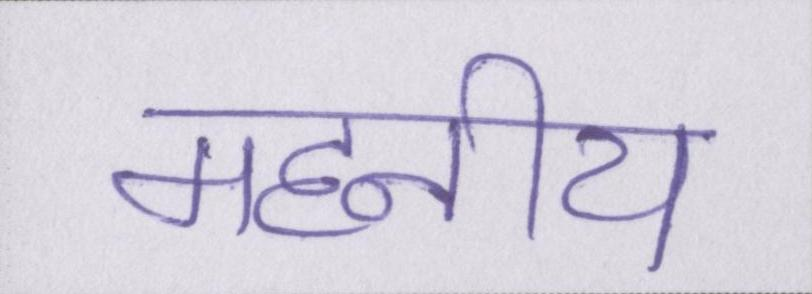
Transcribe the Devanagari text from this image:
महनीय